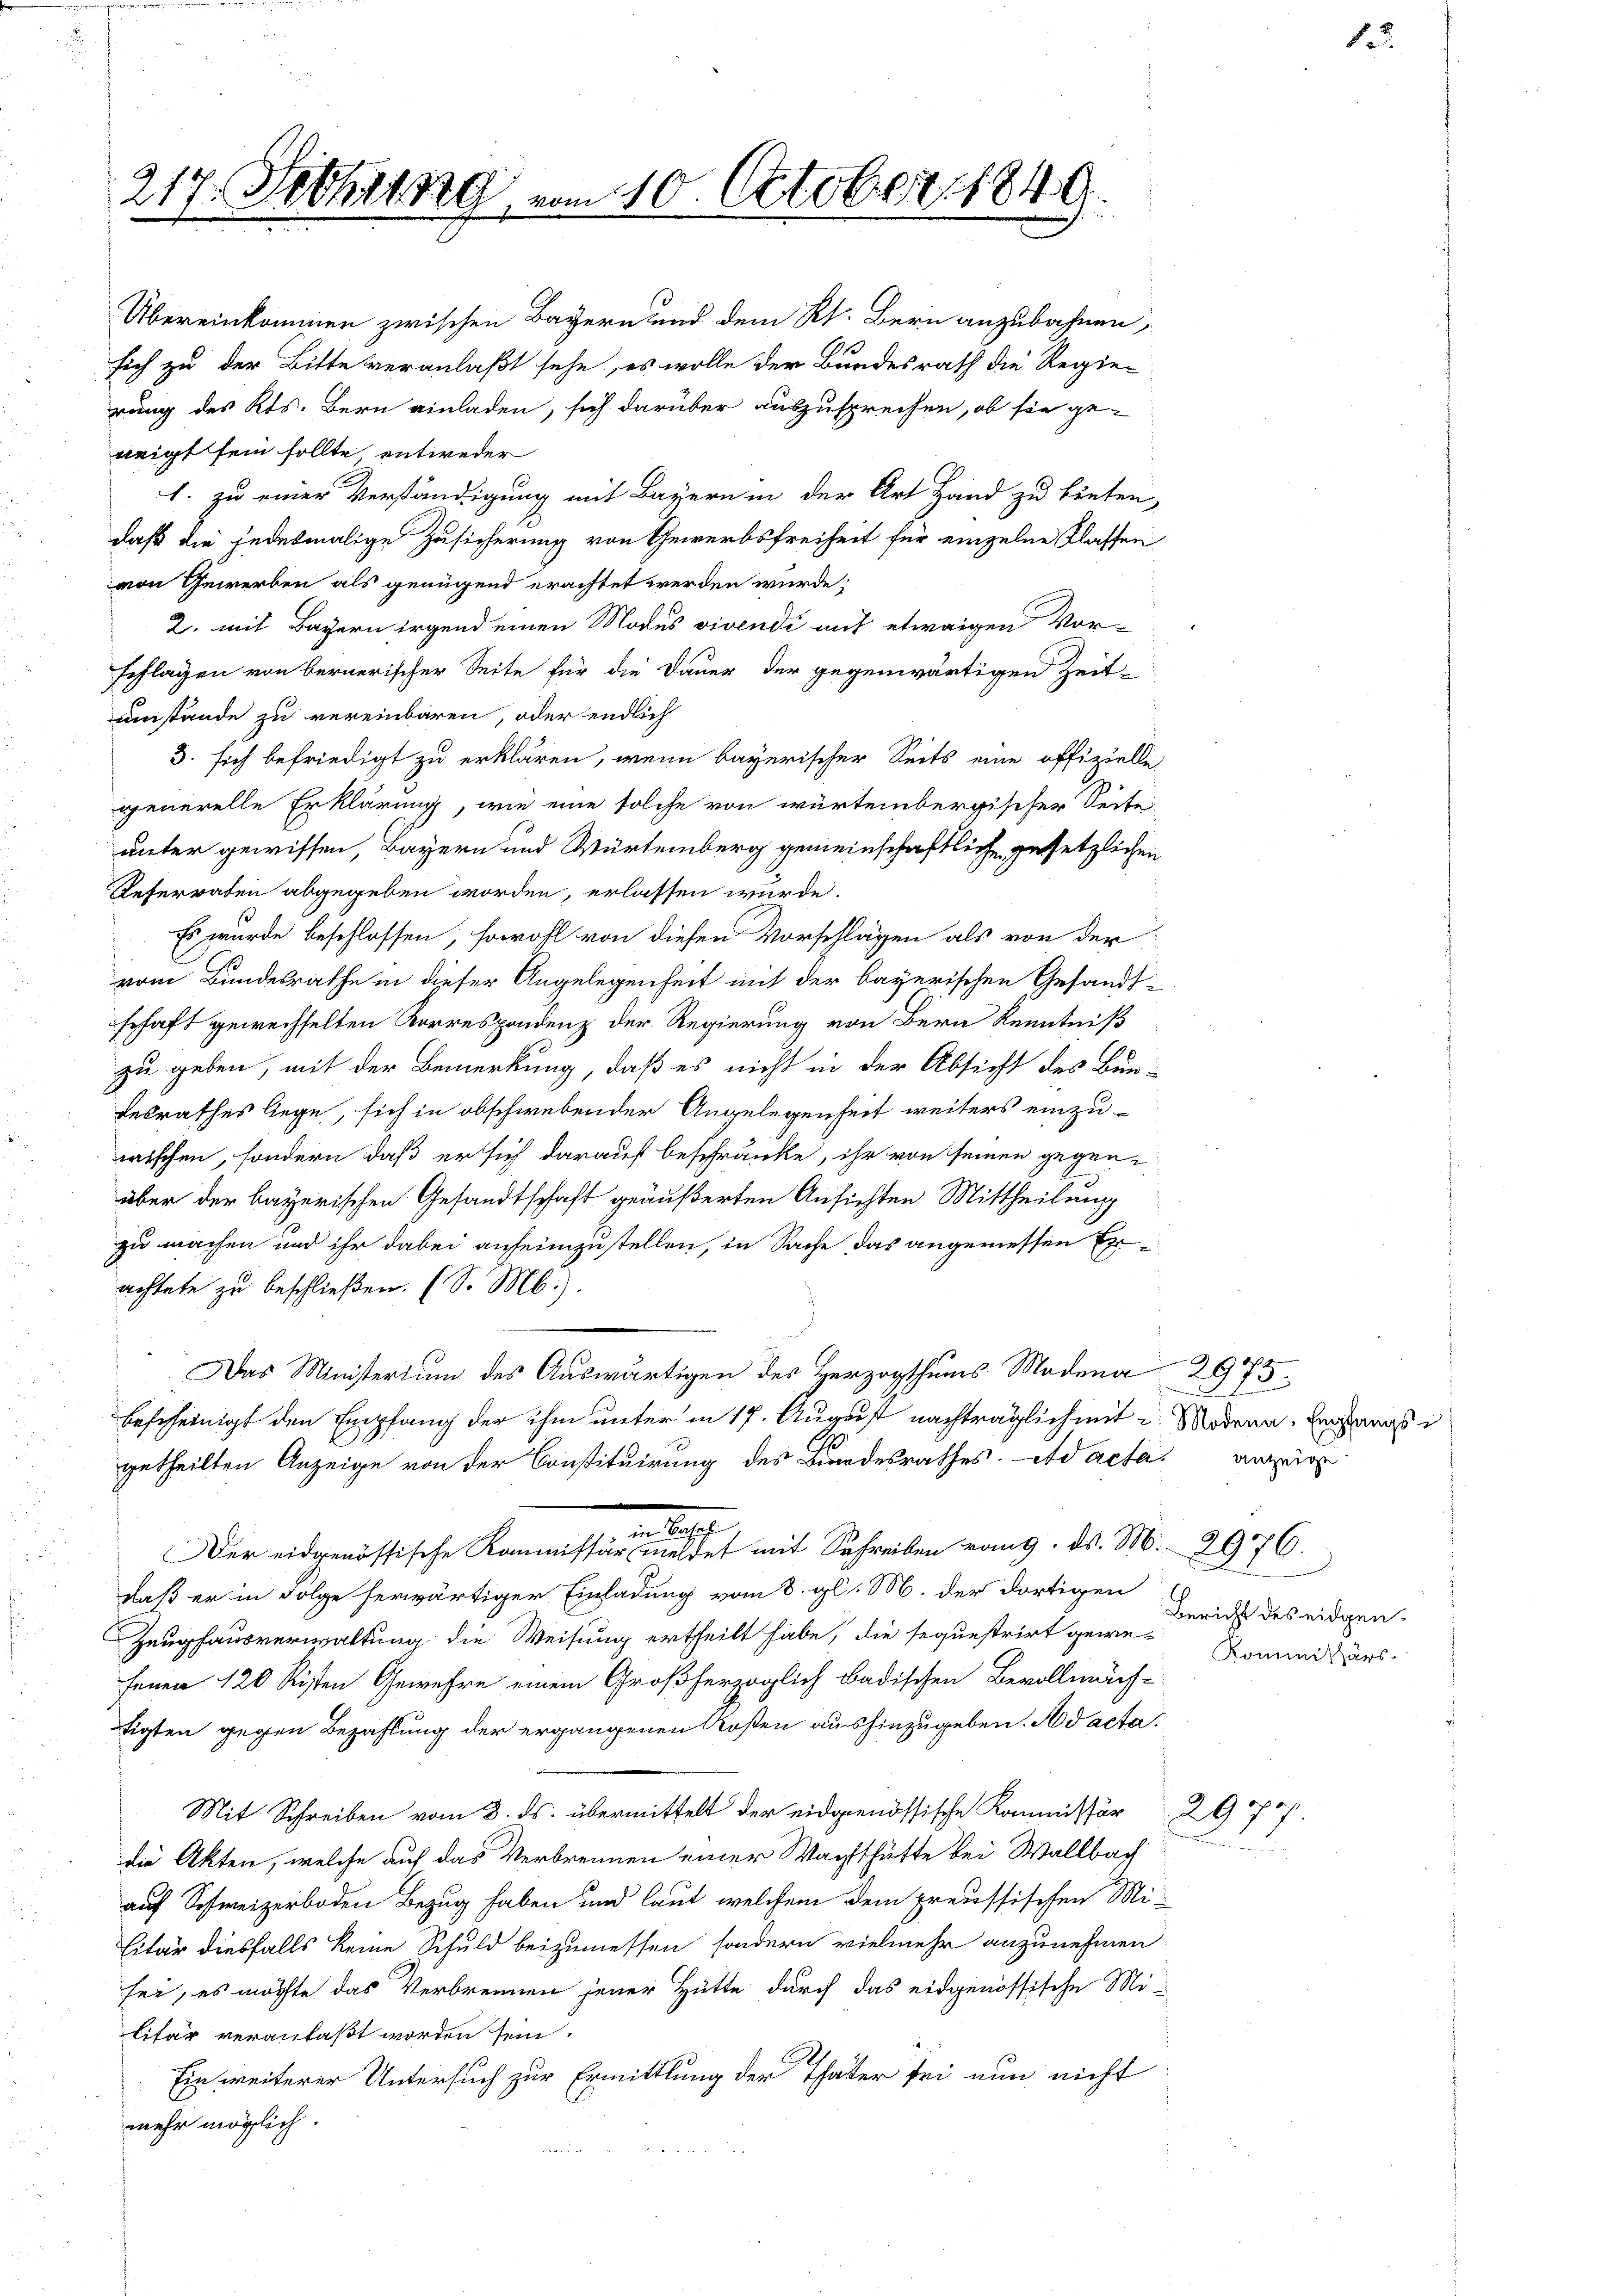
217. Febhrzog vom 10. Octobert. 1849.

neigt sein sollte entweder
achtete zu beschließen. (S. M.).
Das Ministerium des Auswärtigen des Herzogthums Modena 2975.
bescheinigt den Empfang der ihm unter in 17. August nachträglich mit Modena, Ergani
getheilten Anzeige von der Constituirung des Bandesrathes. ad acta anzuge
meist
Der eidgenössische Kommissär meldet mit Schreiben vom 9. ds. M. 2976.
daß er in Folge herwärtiger Einladung vom 8. gl. M. der dortigen
Zeughausverwaltung die Weisung ertheilt habe, die seguestrirt gewe-
fenen 120 Risten Gewehre einem Großherzoglich Badischen Bevollmäch-
tigten gegen Bezahlung der ergangenen Kosten aushinzugeben. Ad acta.
Mit Schreiben vom 3. ds. übermittelt der eidgenössische Kommissär
die Akten, welche auf das Verbrennen einer Wachthütte bei Wallbach
auf Schweizerboden Bezug haben und laut, welchem dem preussischen Mi-
litär diesfalls keine Schuld beizumessen, sondern vielmehr anzunehmen
sei, es möchte das Verbrennen jener Hütte durch das eidgenössische Mi-
lifar veranlaßt worden sein.
Ein weiterer Untersuch zur Ermittlung der Thäter sei nun nicht
mehr möglich.

Übereinkommen zwischen Bayern und dem Kt. Bern anzubahnen,
sich zu der Bitte veranlaßt sehe, es wolle der Bundesrath die Regie-
rung des Kts. Bern einladen, sich darüber auszusprechen, ob sie ge-
1. zu einer Verständigung mit Bayern in der Art Hand zu bieten,
daß die jedesmalige Zusicherung von Gewerbsfreiheit für einzelne Klassen
von Gewerben als genügend erachtet werden würde;
2. mit Bayern irgend einen Modus vivendi auf etwaigen Vor-
schlagen von bernerischer Seite für die Dauer der gegenwärtigen Zeit-
umstände zu vereinbaren, oder endlich
3. sich befriedigt zu erklären, wenn bayerischer Seits eine offizielle
generelle Erklärung, wie eine solche von würtembergischer Seite
unter gewissen, Bayern und Würtemberg gemeinschaftliche gesetzlichen
Referraten abgegeben worden, erlassen würde.
Es wurde beschlossen, sowohl von diesen Vorschlägen als von der
vom Bundesrathe in dieser Angelegenheit mit der bayerischen Gesandt-
schaft gewechselten Korrespondenz der Regierung von Bern Kenntniß
zu geben, mit der Bemerkung, daß es nicht in der Absicht des Bun-
desrathes liege, sich in obschwebender Angelegenheit weiters einzu-
wischen, sondern daß er sich darauf beschränke, ihr von seinen gegenüber der bayerischen Gesandtschaft geäußerten Ansichten Mittheilung
zu machen und ihr dabei aufeinzustellen, in Sache das angemessen Er¬

a
u
Bericht des eidgen.
Kommitärs.

B

29777.

de